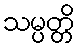
သမ္ပတ္တိ